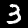
Digit: 3